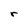
Character: r